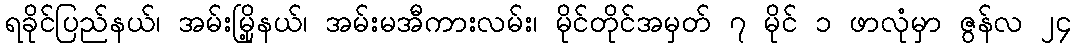
ရခိုင်ပြည်နယ်၊ အမ်းမြို့နယ်၊ အမ်းမအီကားလမ်း၊ မိုင်တိုင်အမှတ် ၇ မိုင် ၁ ဖာလုံမှာ ဇွန်လ ၂၄